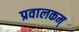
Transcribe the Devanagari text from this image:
प्रवालकम्‌